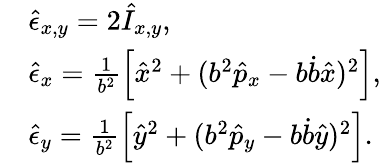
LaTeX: \begin{array}{rl}&{\hat{\epsilon}_{x,y}=2\hat{I}_{x,y},}\\ &{\hat{\epsilon}_{x}=\frac{1}{b^{2}}\left[\hat{x}^{2}+(b^{2}\hat{p}_{x}-b\dot{b}\hat{x})^{2}\right],}\\ &{\hat{\epsilon}_{y}=\frac{1}{b^{2}}\left[\hat{y}^{2}+(b^{2}\hat{p}_{y}-b\dot{b}\hat{y})^{2}\right].}\end{array}